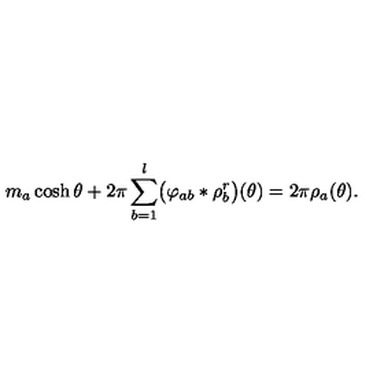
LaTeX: m _ { a } \cosh \theta + 2 \pi \sum _ { b = 1 } ^ { l } \bigl ( \varphi _ { a b } * \rho _ { b } ^ { r } \bigr ) ( \theta ) = 2 \pi \rho _ { a } ( \theta ) .